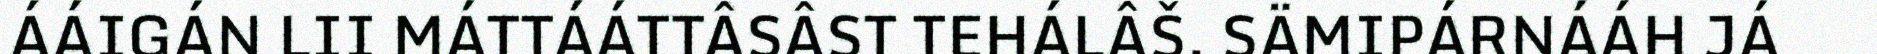
ÁÁIGÁN LII MÁTTÁÁTTÂSÂST TEHÁLÂŠ. SÄMIPÁRNÁÁH JÁ